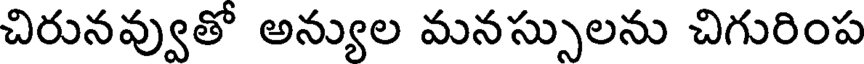
చిరునవ్వుతో అన్యుల మనస్సులను చిగురింప